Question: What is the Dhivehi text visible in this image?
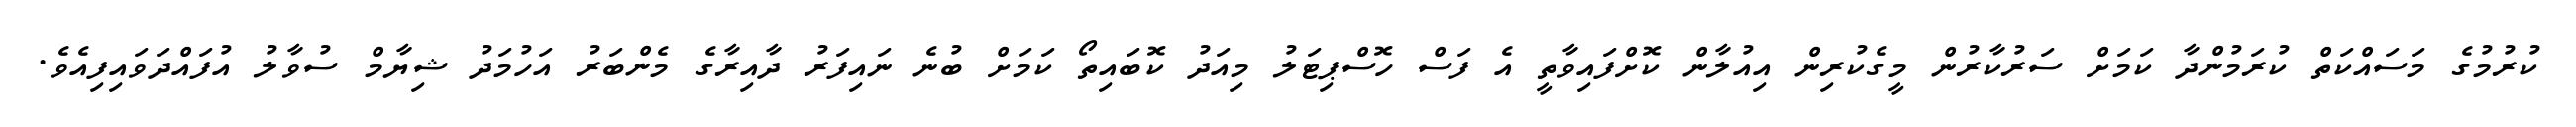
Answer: ކުރުމުގެ މަސައްކަތް ކުރަމުންދާ ކަމަށް ސަރުކާރުން މީގެކުރިން އިއުލާން ކޮށްފައިވާތީ އެ ފަސް ހޮސްޕިޓަލު މިއަދު ކޮބައިތޯ ކަމަށް ބުނެ ނައިފަރު ދާއިރާގެ މެންބަރު އަހުމަދު ޝިޔާމް ސުވާލު އުފައްދަވައިފިއެވެ.